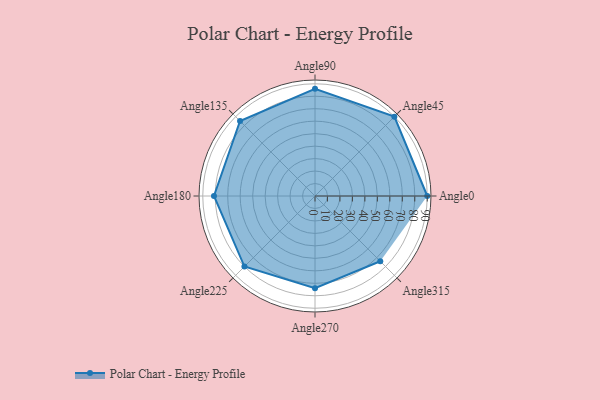
{"axis": {"x": "Angle", "y": "Radius"}, "legend": [""], "data": [{"x": "Angle0", "y": 90.0, "type": ""}, {"x": "Angle45", "y": 90.0, "type": ""}, {"x": "Angle90", "y": 86.0, "type": ""}, {"x": "Angle135", "y": 85.0, "type": ""}, {"x": "Angle180", "y": 81.0, "type": ""}, {"x": "Angle225", "y": 80.0, "type": ""}, {"x": "Angle270", "y": 74.0, "type": ""}, {"x": "Angle315", "y": 74.0, "type": ""}]}